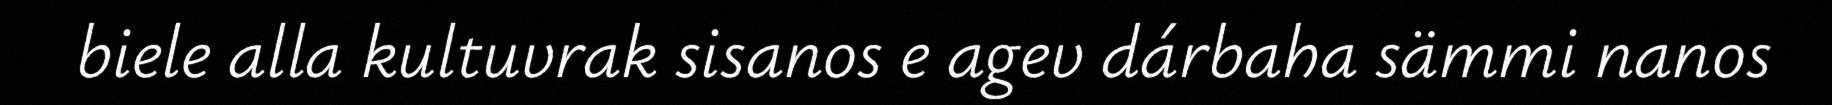
biele alla kultuvrak sisanos e agev dárbaha sämmi nanos